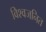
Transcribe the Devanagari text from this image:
विश्वजनित